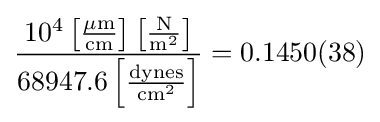
{\frac {10^{4}\left[\mathrm {\frac {\mu m}{cm}} \right]\left[\mathrm {\frac {N}{m^{2}}} \right]}{68947.6\left[\mathrm {\frac {dynes}{cm^{2}}} \right]}}=0.1450(38)